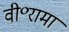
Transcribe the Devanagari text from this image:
वी॰रामा